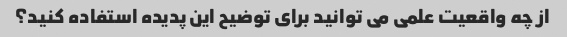
از چه واقعیت علمی می توانید برای توضیح این پدیده استفاده کنید؟